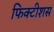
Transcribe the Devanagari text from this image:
फिक्टीशस